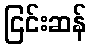
ငြင်းဆန်